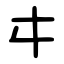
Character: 㐄